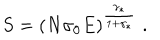
S = ( N \sigma _ { 0 } E ) ^ { \frac { \gamma _ { * } } { 1 + \gamma _ { * } } } \; .